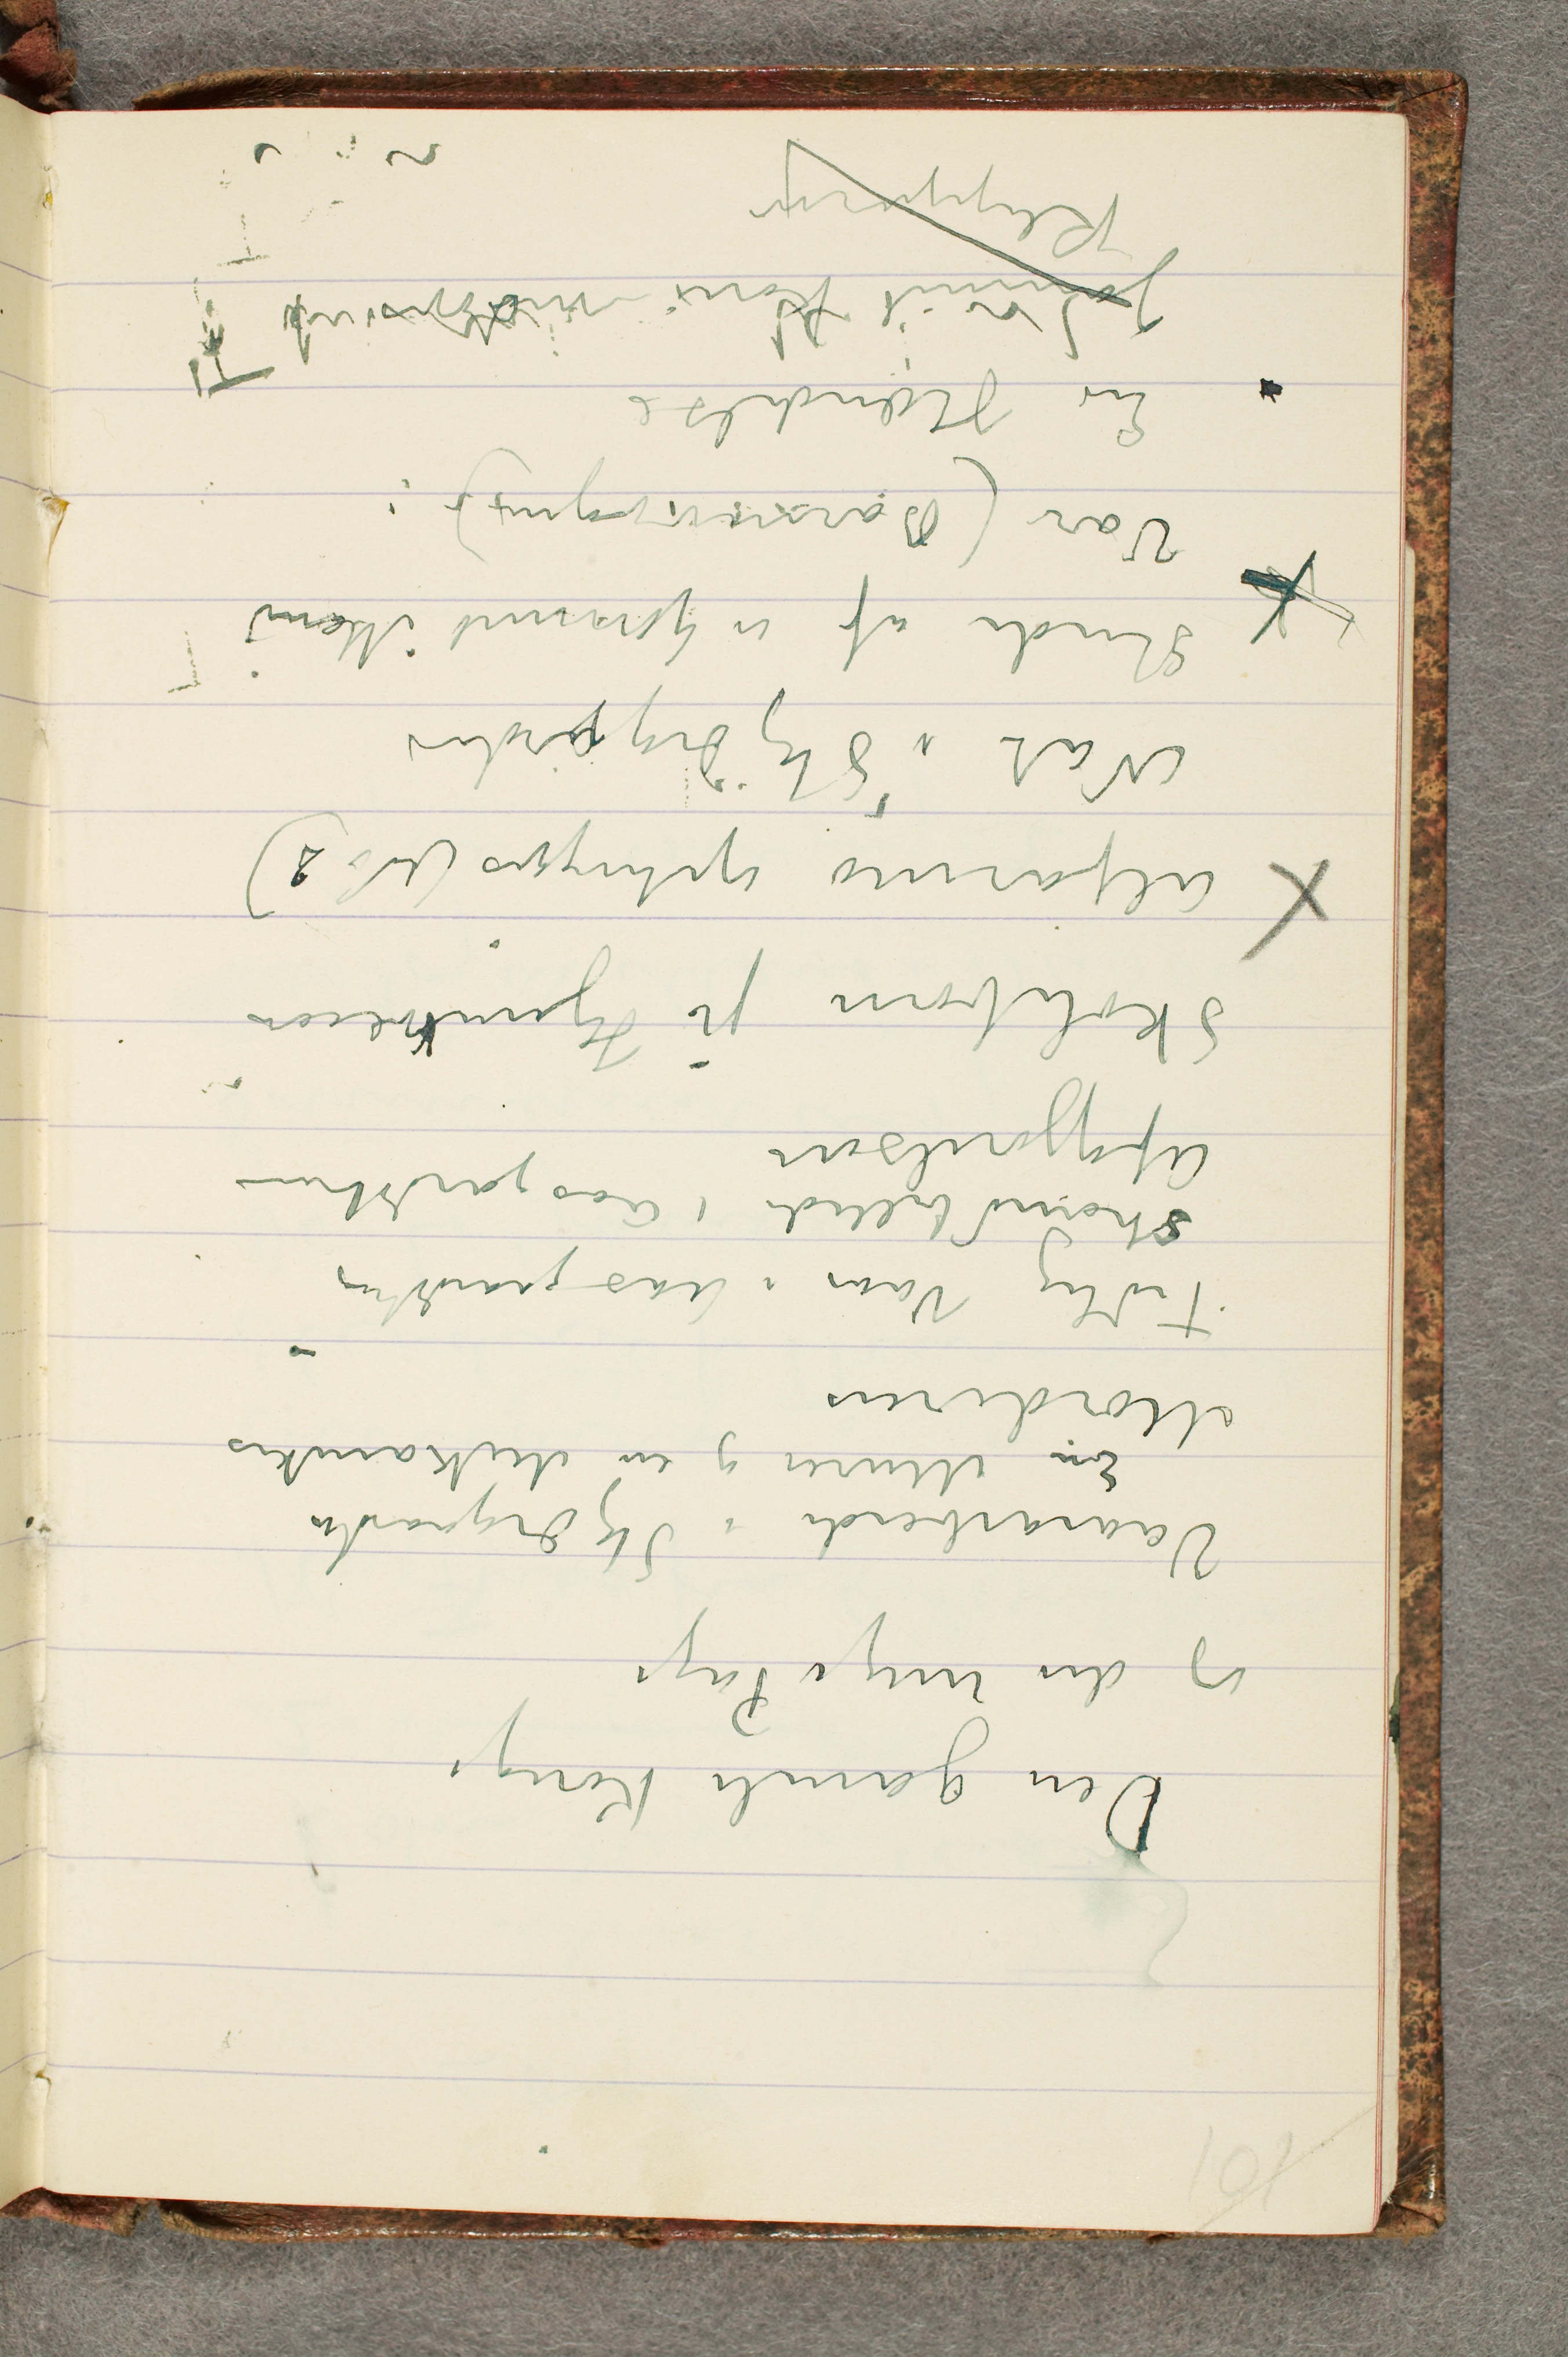
Den gamle Konge
og den unge Pige
Vaararbeide i Skjærgaarden
En Murer og en Mekaniker
Morderen
Tidlig Vaar i Aasgaardstrand
Strandbillede i Aasgaardsstrand
Afgjørelsen
Skolebørn på Hjemveien
Alfarino ophugges (No 2)
Nat i Skjærgården
Studie af en Gammel Mand
Vår (Barnevognen)
En Hændelse
gammel kone nedover
Klipperne